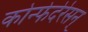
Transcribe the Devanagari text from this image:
कोन्फेदेरेसन्